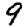
Digit: 9